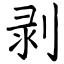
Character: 剥